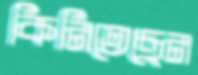
কিনিতেছেন